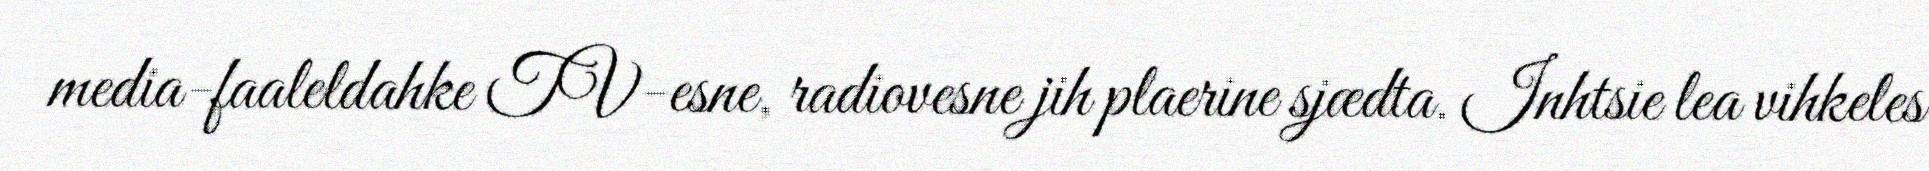
media-faaleldahke TV-esne, radiovesne jih plaerine sjædta. Inhtsie lea vihkeles